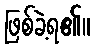
ဖြစ်ခဲ့ရ၏။